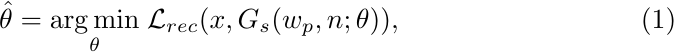
\begin{align} \label{eq:pti_objective}
\hat{\theta} = \underset{\theta}{\arg\min} \; \mathcal{L}_{rec} ( x,  G_s  ( w_p, n; \theta ) ),
\end{align}